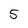
Character: 5